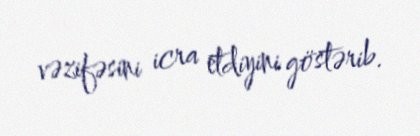
vəzifəsini icra etdiyini göstərib.